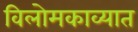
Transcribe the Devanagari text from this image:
विलोमकाव्यात